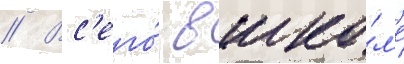
// Вс'его́ в шко́л'е